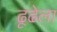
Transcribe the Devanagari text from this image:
ढूढेला